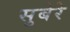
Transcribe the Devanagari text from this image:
सुबेरे